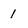
Character: 1